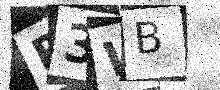
Text: R3WB